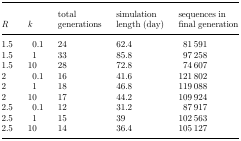
<table><thead><tr><td><b><i>R</i></b></td><td><b><i>k</i></b></td><td><b>total generations</b></td><td><b>simulation length (day)</b></td><td><b>sequences in final generation</b></td></tr></thead><tbody><tr><td>1.5</td><td>0.1</td><td>24</td><td>62.4</td><td>81 591</td></tr><tr><td>1.5</td><td>1</td><td>33</td><td>85.8</td><td>97 258</td></tr><tr><td>1.5</td><td>10</td><td>28</td><td>72.8</td><td>74 607</td></tr><tr><td>2</td><td>0.1</td><td>16</td><td>41.6</td><td>121 802</td></tr><tr><td>2</td><td>1</td><td>18</td><td>46.8</td><td>119 088</td></tr><tr><td>2</td><td>10</td><td>17</td><td>44.2</td><td>109 924</td></tr><tr><td>2.5</td><td>0.1</td><td>12</td><td>31.2</td><td>87 917</td></tr><tr><td>2.5</td><td>1</td><td>15</td><td>39</td><td>102 563</td></tr><tr><td>2.5</td><td>10</td><td>14</td><td>36.4</td><td>105 127</td></tr></tbody></table>